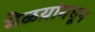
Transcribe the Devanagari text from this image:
मेळय़ांमधून